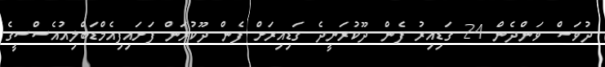
ދުވަސް ވަންދެެން 24 ގަޑިއިރު ފެން ދޫކުރަނީދެ ގަޑިއިރަށް ފެން ދޫކުރަން ފަށައިފިއެމްޑަބްލިއުއެސްސީގެ